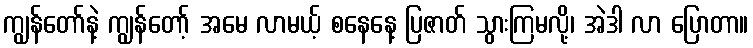
ကျွန်တော်နဲ့ ကျွန်တော့် အမေ လာမယ့် စနေနေ့ ပြဇာတ် သွားကြမလို့၊ အဲဒါ လာ ပြောတာ။